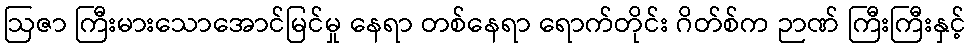
ဩဇာ ကြီးမားသောအောင်မြင်မှု နေရာ တစ်နေရာ ရောက်တိုင်း ဂိတ်စ်က ဉာဏ် ကြီးကြီးနှင့်